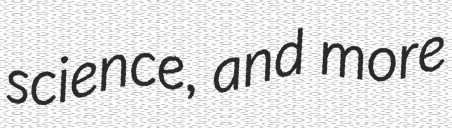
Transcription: science, and more